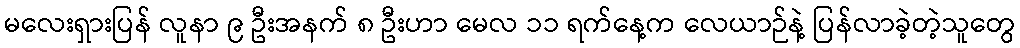
မလေးရှားပြန် လူနာ ၉ ဦးအနက် ၈ ဦးဟာ မေလ ၁၁ ရက်နေ့က လေယာဉ်နဲ့ ပြန်လာခဲ့တဲ့သူတွေ